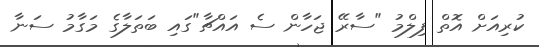
ކުރިއަށް އޮތް ފިލްމު "ސާރޭ ޖަހާން ސެ އައްޗާ"ގައި ބަތަލާގެ މަގާމު ސަނާ